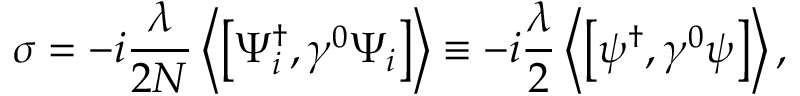
\sigma = - i { \frac { \lambda } { 2 N } } \left\langle \left[ \Psi _ { i } ^ { \dag } , { \gamma } ^ { 0 } \Psi _ { i } \right] \right\rangle \equiv - i { \frac { \lambda } { 2 } } \left\langle \left[ \psi ^ { \dag } , { \gamma } ^ { 0 } \psi \right] \right\rangle ,